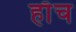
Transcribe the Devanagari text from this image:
हाॅच